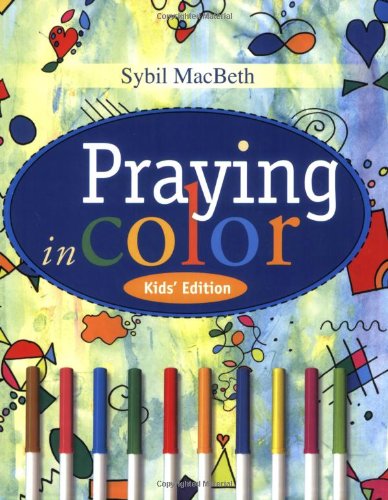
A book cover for Praying in Color Kids' Edition: Kid's Edition; Sybil MacBeth; Arts & Photography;